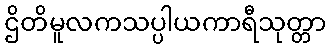
ဌိတိမူလကသပ္ပါယကာရီသုတ္တာ